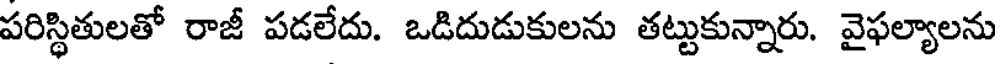
పరిస్థితులతో రాజీ పడలేదు. ఒడిదుడుకులను తట్టుకున్నారు. వైఫల్యాలను